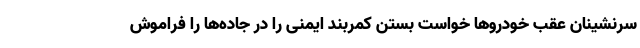
سرنشینان عقب خودروها خواست بستن کمربند ایمنی را در جاده‌ها را فراموش